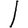
Digit: 1